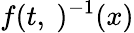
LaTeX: f(t,\ )^{-1}(x)